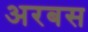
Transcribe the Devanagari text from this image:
अरबस